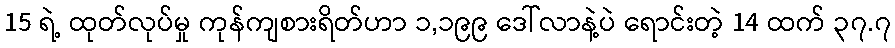
15 ရဲ့ ထုတ်လုပ်မှု ကုန်ကျစားရိတ်ဟာ ၁,၁၉၉ ဒေါ်လာနဲ့ပဲ ရောင်းတဲ့ 14 ထက် ၃၇.၇